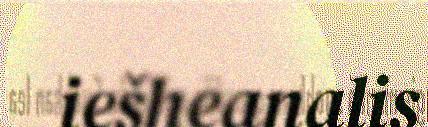
iešheanalis